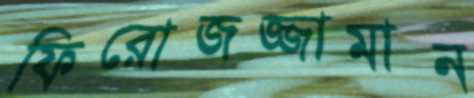
ফিরোজজ্জামান